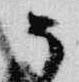
そ